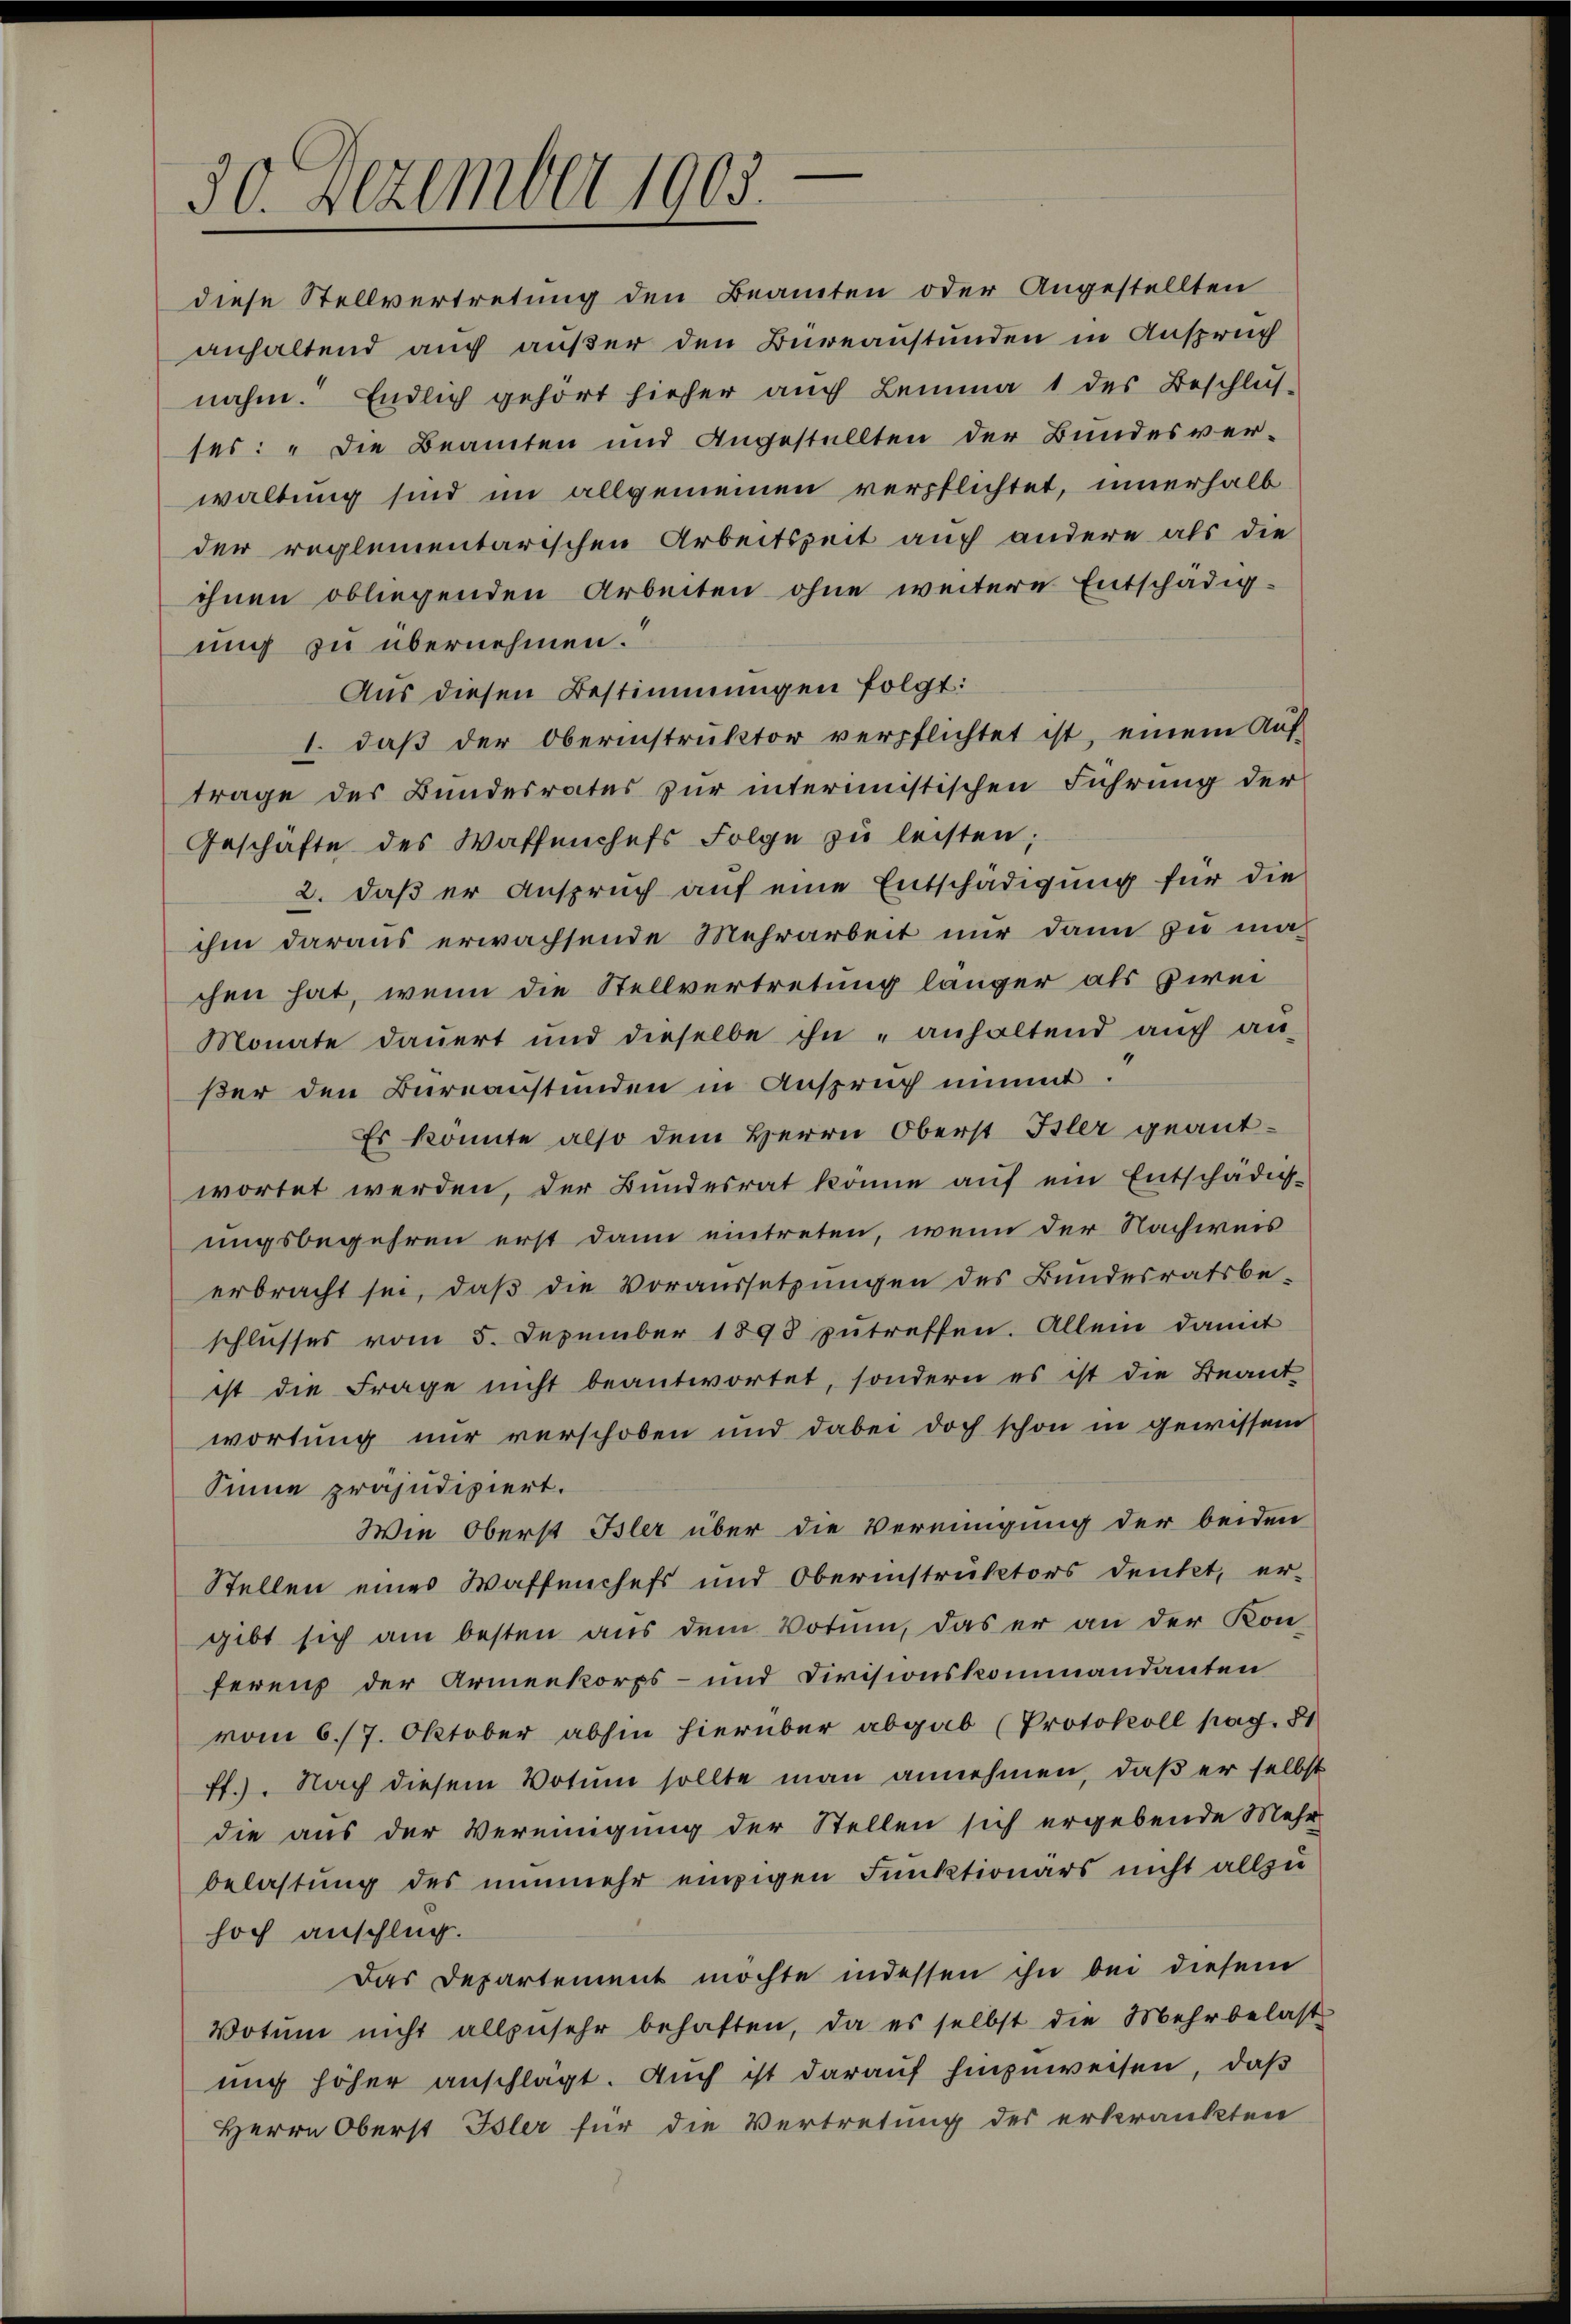
30. Dezember 1905.

diese Stellvertretung den Beamten oder Angestellten
anhaltend auch außer den Bureaustunden in Anspruch
nahm. Endlich gehört hieher auch Lemma 1 des Beschlus
ses: „Die Beamten und Angestellten der Bundesver-
waltung sind im allgemeinen verpflichtet, innerhalb
der reglementarischen Arbeitszeit auch andere als die
ihnen obliegenden Arbeiten ohne weitere Entschädigung zu übernehmen.
Aus diesen Bestimmungen folgt:
1. daß der Oberinstruktor verpflichtet ist, einem Auf-
trage des Bundesrates zur interimistischen Führung der
Geschäfte des Waffenchefs Folge zu leisten;
2. daß er Anspruch auf eine Entschädigung für die
ihm daraus erwachsende Mehrarbeit nur dann zu machen hat, wenn die Stellvertretung länger als Zwei¬
Monate dauert und dieselbe ihn anhaltend auch au-
ßer den Büreaustünden in Anspruch nimmt.
Es könnte also dem Herrn Oberst Isler geantwortet werden, der Bundesrat könne auf ein Entschädig-
ungsbegehren erst dann eintreten, wenn der Nachweis
erbracht sei, daß die Voraussetzungen des Bundesratsbe-
schlusses vom 5. Dezember 1893 zutreffen. Allein damit
ist die Frage nicht beantwortet, sondern es ist die Beant
wortung nur verschoben und dabei doch schon in gewissem
Sinne präjudiziert.
Wie Oberst Isler über die Vereinigung der beiden
Stellen eines Waffenchefs und Oberinstruktors denkt, er-
gibt sich am besten aus dem Votum, das er an der Konferenz der Armenkorps- und Divisionskommandanten
vom 6./7. Oktober abhin hierüber abgab (Protokoll pag. 81
ff.). Nach diesem Votum sollte man annehmen, daß er selbst
die aus der Vereinigung der Stellen sich ergebende Mehr-
belastung des nunmehr einzigen Funktionärs nicht allzu
hoch anschlug.
Das Departement möchte indessen ihn bei diesem
Votŭm nicht allzŭsehr behaften, da es selbst die Mehrbelast
ung höher anschlägt. Auch ist darauf hinzuweisen, daß
Herrn Oberst Isler für die Vertretung der erkränkten